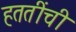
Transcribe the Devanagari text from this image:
हततींची